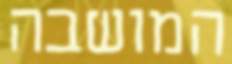
המושבה